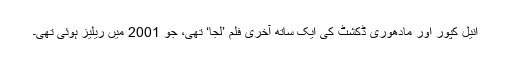
انیل کپور اور مادھوری ڈکشٹ کی ایک ساتھ آخری فلم ’لجا‘ تھی، جو 2001 میں ریلیز ہوئی تھی۔